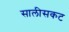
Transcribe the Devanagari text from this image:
सालीसकट